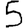
Digit: 5